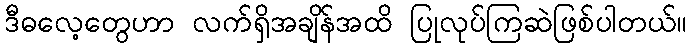
ဒီဓလေ့တွေဟာ လက်ရှိအချိန်အထိ ပြုလုပ်ကြဆဲဖြစ်ပါတယ်။